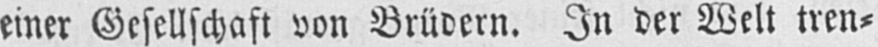
einer Gesellschaft von Brüdern. In der Welt tren⸗